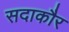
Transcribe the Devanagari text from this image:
सदाकौर